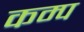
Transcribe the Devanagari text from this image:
कम्‍प